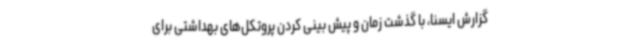
گزارش ایسنا، با گذشت زمان و پیش بینی کردن پروتکل‌های بهداشتی برای